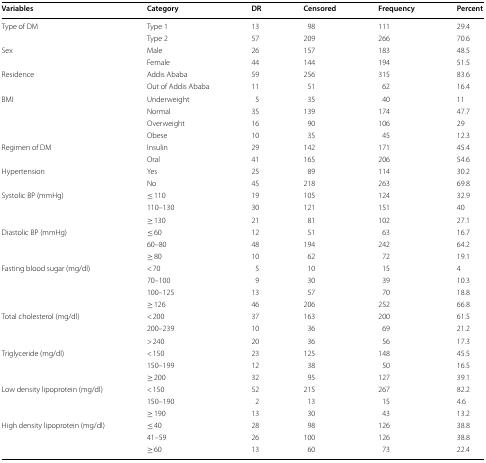
<table><thead><tr><td><b>Variables</b></td><td><b>Category</b></td><td><b>DR</b></td><td><b>Censored</b></td><td><b>Frequency</b></td><td><b>Percent</b></td></tr></thead><tbody><tr><td rowspan="2">Type of DM</td><td>Type 1</td><td>13</td><td>98</td><td>111</td><td>29.4</td></tr><tr><td>Type 2</td><td>57</td><td>209</td><td>266</td><td>70.6</td></tr><tr><td rowspan="2">Sex</td><td>Male</td><td>26</td><td>157</td><td>183</td><td>48.5</td></tr><tr><td>Female</td><td>44</td><td>144</td><td>194</td><td>51.5</td></tr><tr><td rowspan="2">Residence</td><td>Addis Ababa</td><td>59</td><td>256</td><td>315</td><td>83.6</td></tr><tr><td>Out of Addis Ababa</td><td>11</td><td>51</td><td>62</td><td>16.4</td></tr><tr><td rowspan="4">BMI</td><td>Underweight</td><td>5</td><td>35</td><td>40</td><td>11</td></tr><tr><td>Normal</td><td>35</td><td>139</td><td>174</td><td>47.7</td></tr><tr><td>Overweight</td><td>16</td><td>90</td><td>106</td><td>29</td></tr><tr><td>Obese</td><td>10</td><td>35</td><td>45</td><td>12.3</td></tr><tr><td rowspan="2">Regimen of DM</td><td>Insulin</td><td>29</td><td>142</td><td>171</td><td>45.4</td></tr><tr><td>Oral</td><td>41</td><td>165</td><td>206</td><td>54.6</td></tr><tr><td rowspan="2">Hypertension</td><td>Yes</td><td>25</td><td>89</td><td>114</td><td>30.2</td></tr><tr><td>No</td><td>45</td><td>218</td><td>263</td><td>69.8</td></tr><tr><td rowspan="3">Systolic BP (mmHg)</td><td>≤ 110</td><td>19</td><td>105</td><td>124</td><td>32.9</td></tr><tr><td>110–130</td><td>30</td><td>121</td><td>151</td><td>40</td></tr><tr><td>≥ 130</td><td>21</td><td>81</td><td>102</td><td>27.1</td></tr><tr><td rowspan="3">Diastolic BP (mmHg)</td><td>≤ 60</td><td>12</td><td>51</td><td>63</td><td>16.7</td></tr><tr><td>60–80</td><td>48</td><td>194</td><td>242</td><td>64.2</td></tr><tr><td>≥ 80</td><td>10</td><td>62</td><td>72</td><td>19.1</td></tr><tr><td rowspan="4">Fasting blood sugar (mg/dl)</td><td>&lt; 70</td><td>5</td><td>10</td><td>15</td><td>4</td></tr><tr><td>70–100</td><td>9</td><td>30</td><td>39</td><td>10.3</td></tr><tr><td>100–125</td><td>13</td><td>57</td><td>70</td><td>18.8</td></tr><tr><td>≥ 126</td><td>46</td><td>206</td><td>252</td><td>66.8</td></tr><tr><td rowspan="3">Total cholesterol (mg/dl)</td><td>&lt; 200</td><td>37</td><td>163</td><td>200</td><td>61.5</td></tr><tr><td>200–239</td><td>10</td><td>36</td><td>69</td><td>21.2</td></tr><tr><td>&gt; 240</td><td>20</td><td>36</td><td>56</td><td>17.3</td></tr><tr><td rowspan="3">Triglyceride (mg/dl)</td><td>&lt; 150</td><td>23</td><td>125</td><td>148</td><td>45.5</td></tr><tr><td>150–199</td><td>12</td><td>38</td><td>50</td><td>16.5</td></tr><tr><td>≥ 200</td><td>32</td><td>95</td><td>127</td><td>39.1</td></tr><tr><td rowspan="3">Low density lipoprotein (mg/dl)</td><td>&lt; 150</td><td>52</td><td>215</td><td>267</td><td>82.2</td></tr><tr><td>150–190</td><td>2</td><td>13</td><td>15</td><td>4.6</td></tr><tr><td>≥ 190</td><td>13</td><td>30</td><td>43</td><td>13.2</td></tr><tr><td rowspan="3">High density lipoprotein (mg/dl)</td><td>≤ 40</td><td>28</td><td>98</td><td>126</td><td>38.8</td></tr><tr><td>41–59</td><td>26</td><td>100</td><td>126</td><td>38.8</td></tr><tr><td>≥ 60</td><td>13</td><td>60</td><td>73</td><td>22.4</td></tr></tbody></table>